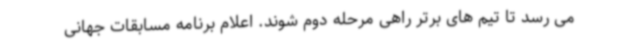
می رسد تا تیم های برتر راهی مرحله دوم شوند. اعلام برنامه مسابقات جهانی